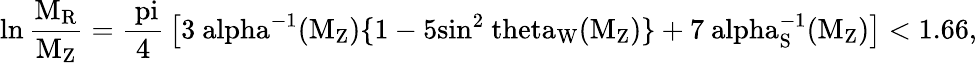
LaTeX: \ln\mathrm{{\frac{M_{R}}{M_{Z}}}={\frac{\ pi}{4}}\left[3\ alpha^{-1}(M_{Z})\{ 1-5sin^{2}\ theta_{W}(M_{Z})\} +7\ alpha_{S}^{-1}(M_{Z})\right]<1.66,}